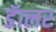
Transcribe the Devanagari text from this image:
डॅालर